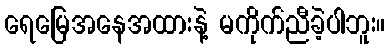
ရေမြေအနေအထားနဲ့ မကိုက်ညီခဲ့ပါဘူး။